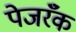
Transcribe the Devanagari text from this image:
पेजरॅँक